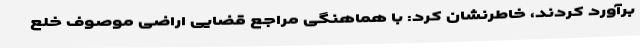
برآورد کردند، خاطرنشان کرد: با هماهنگی مراجع قضایی اراضی موصوف خلع